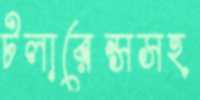
টলারেন্সসহ